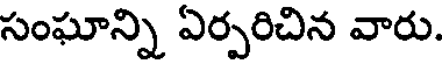
సంఘాన్ని ఏర్పరిచిన వారు.